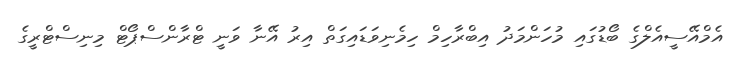
އެމްއޭސީއެލްގެ ބޯޑުގައި މުހަންމަދު އިބްރާހިމް ހިމެނިވަޑައިގަތް އިރު އޭނާ ވަނީ ޓްރާންސްޕޯޓް މިނިސްޓްރީގެ